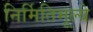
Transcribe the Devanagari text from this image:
निर्मितिमूल्ये